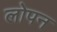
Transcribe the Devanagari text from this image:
लोपन